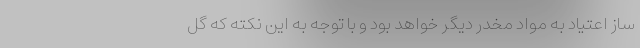
ساز اعتیاد به مواد مخدر دیگر خواهد بود و با توجه به این نکته که گل